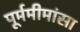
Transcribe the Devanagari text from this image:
पूर्ममीमांसा